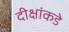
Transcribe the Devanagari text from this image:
दीक्षांकडे